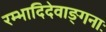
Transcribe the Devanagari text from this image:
रम्भादिदेवाङ्गनाः